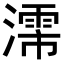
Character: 𬉈